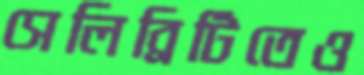
সেলিব্রিটিতেও